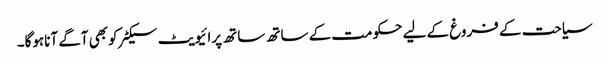
سیاحت کے فروغ کے لیے حکومت کے ساتھ ساتھ پرائیویٹ سیکٹرکوبھی آگے آناہوگا۔